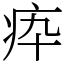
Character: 疩